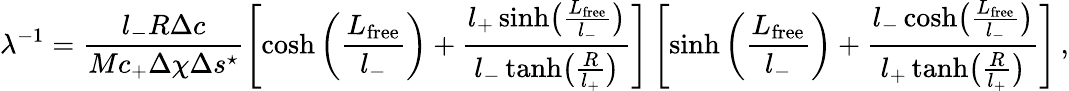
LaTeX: \lambda^{-1}=\frac{l_{-}R\Delta c}{Mc_{+}\Delta\chi\Delta s^{\star}}\left[\cosh\left(\frac{L_{\mathrm{free}}}{l_{-}}\right)+\frac{l_{+}\sinh\bigl(\frac{L_{\mathrm{free}}}{l_{-}}\bigr)}{l_{-}\operatorname{tanh}\bigl(\frac{R}{l_{+}}\bigr)}\right]\left[\sinh\left(\frac{L_{\mathrm{free}}}{l_{-}}\right)+\frac{l_{-}\cosh\bigl(\frac{L_{\mathrm{free}}}{l_{-}}\bigr)}{l_{+}\operatorname{tanh}\bigl(\frac{R}{l_{+}}\bigr)}\right]\, ,